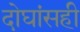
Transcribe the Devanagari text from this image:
दोघांसही